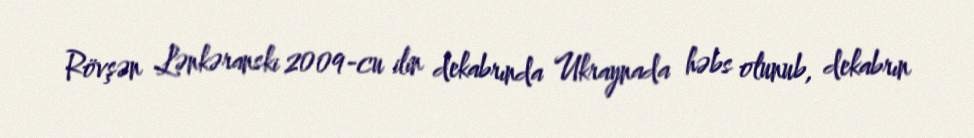
Rövşən Lənkəranski 2009-cu ilin dekabrında Ukraynada həbs olunub, dekabrın